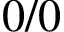
0 / 0